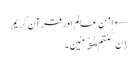
← امن عالم اور قرآن کریم
إِن کُنتُم مُّؤۡمِنِینَ۔